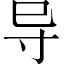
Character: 导